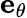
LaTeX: \mathbf{e_{\theta}}